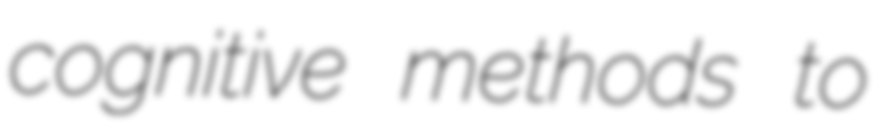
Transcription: cognitive methods to